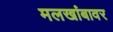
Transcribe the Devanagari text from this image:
मलखांबावर